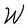
Character: W